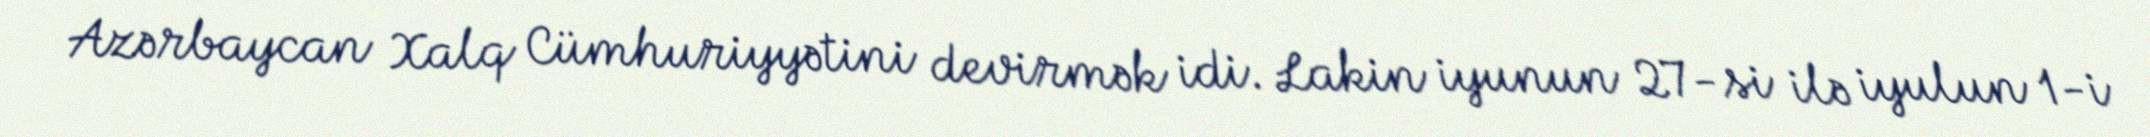
Azərbaycan Xalq Cümhuriyyətini devirmək idi. Lakin iyunun 27-si ilə iyulun 1-i